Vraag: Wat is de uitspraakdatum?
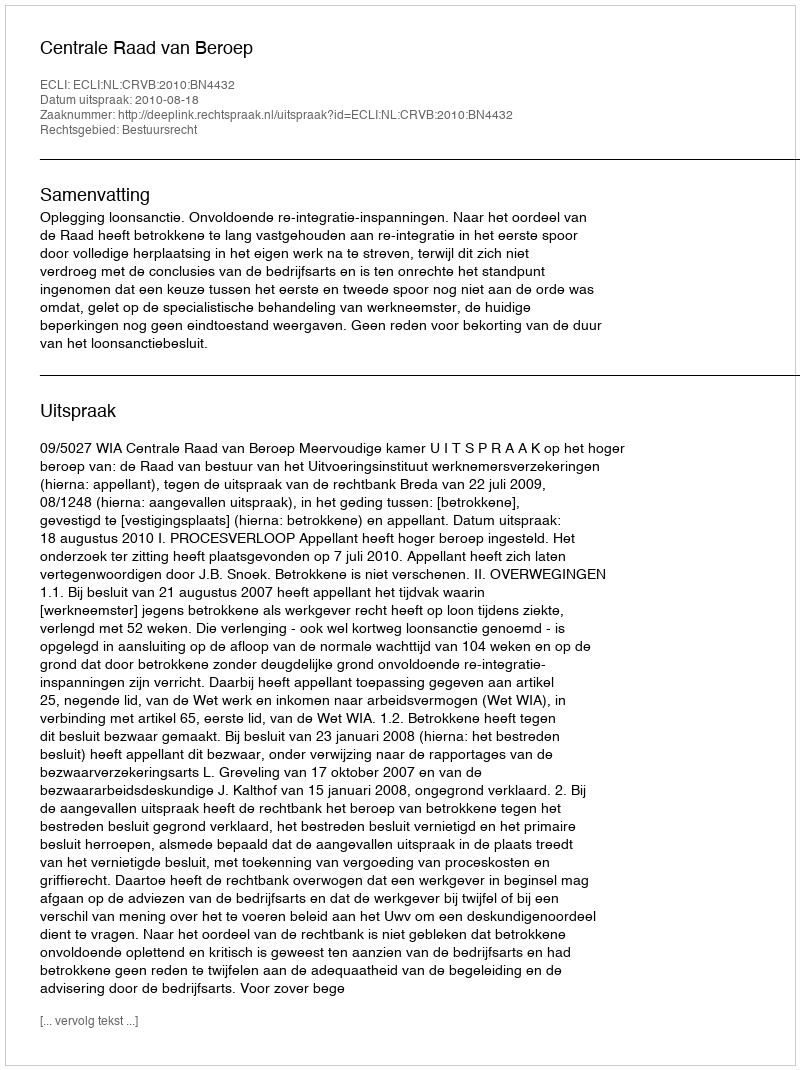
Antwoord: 2010-08-18